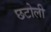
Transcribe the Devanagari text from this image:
छटोली